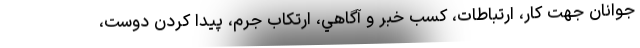
جوانان جهت كار، ارتباطات، كسب خبر و آگاهي، ارتكاب جرم، پيدا كردن دوست،